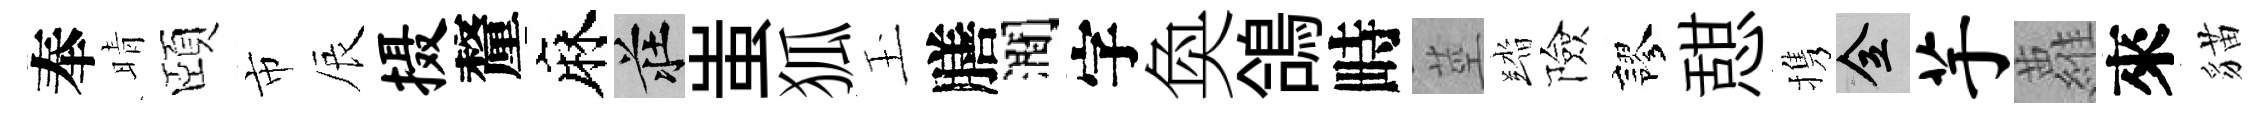
奉晴頤市辰摄釐麻莊蚩狐玉膳澗字奐鴿畤莖踏險謬憇携全芋蘿來貓